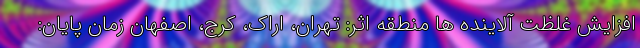
افزایش غلظت آلاینده ها منطقه اثر: تهران، اراک، کرج، اصفهان زمان پایان: